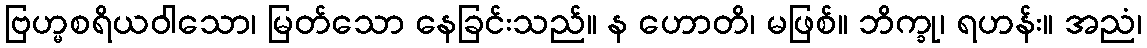
ဗြဟ္မစရိယဝါသော၊ မြတ်သော နေခြင်းသည်။ န ဟောတိ၊ မဖြစ်။ ဘိက္ခု၊ ရဟန်း။ အညံ၊